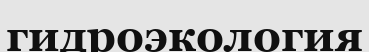
гидроэкология